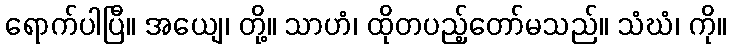
ရောက်ပါပြီ။ အယျေ၊ တို့။ သာဟံ၊ ထိုတပည့်တော်မသည်။ သံဃံ၊ ကို။